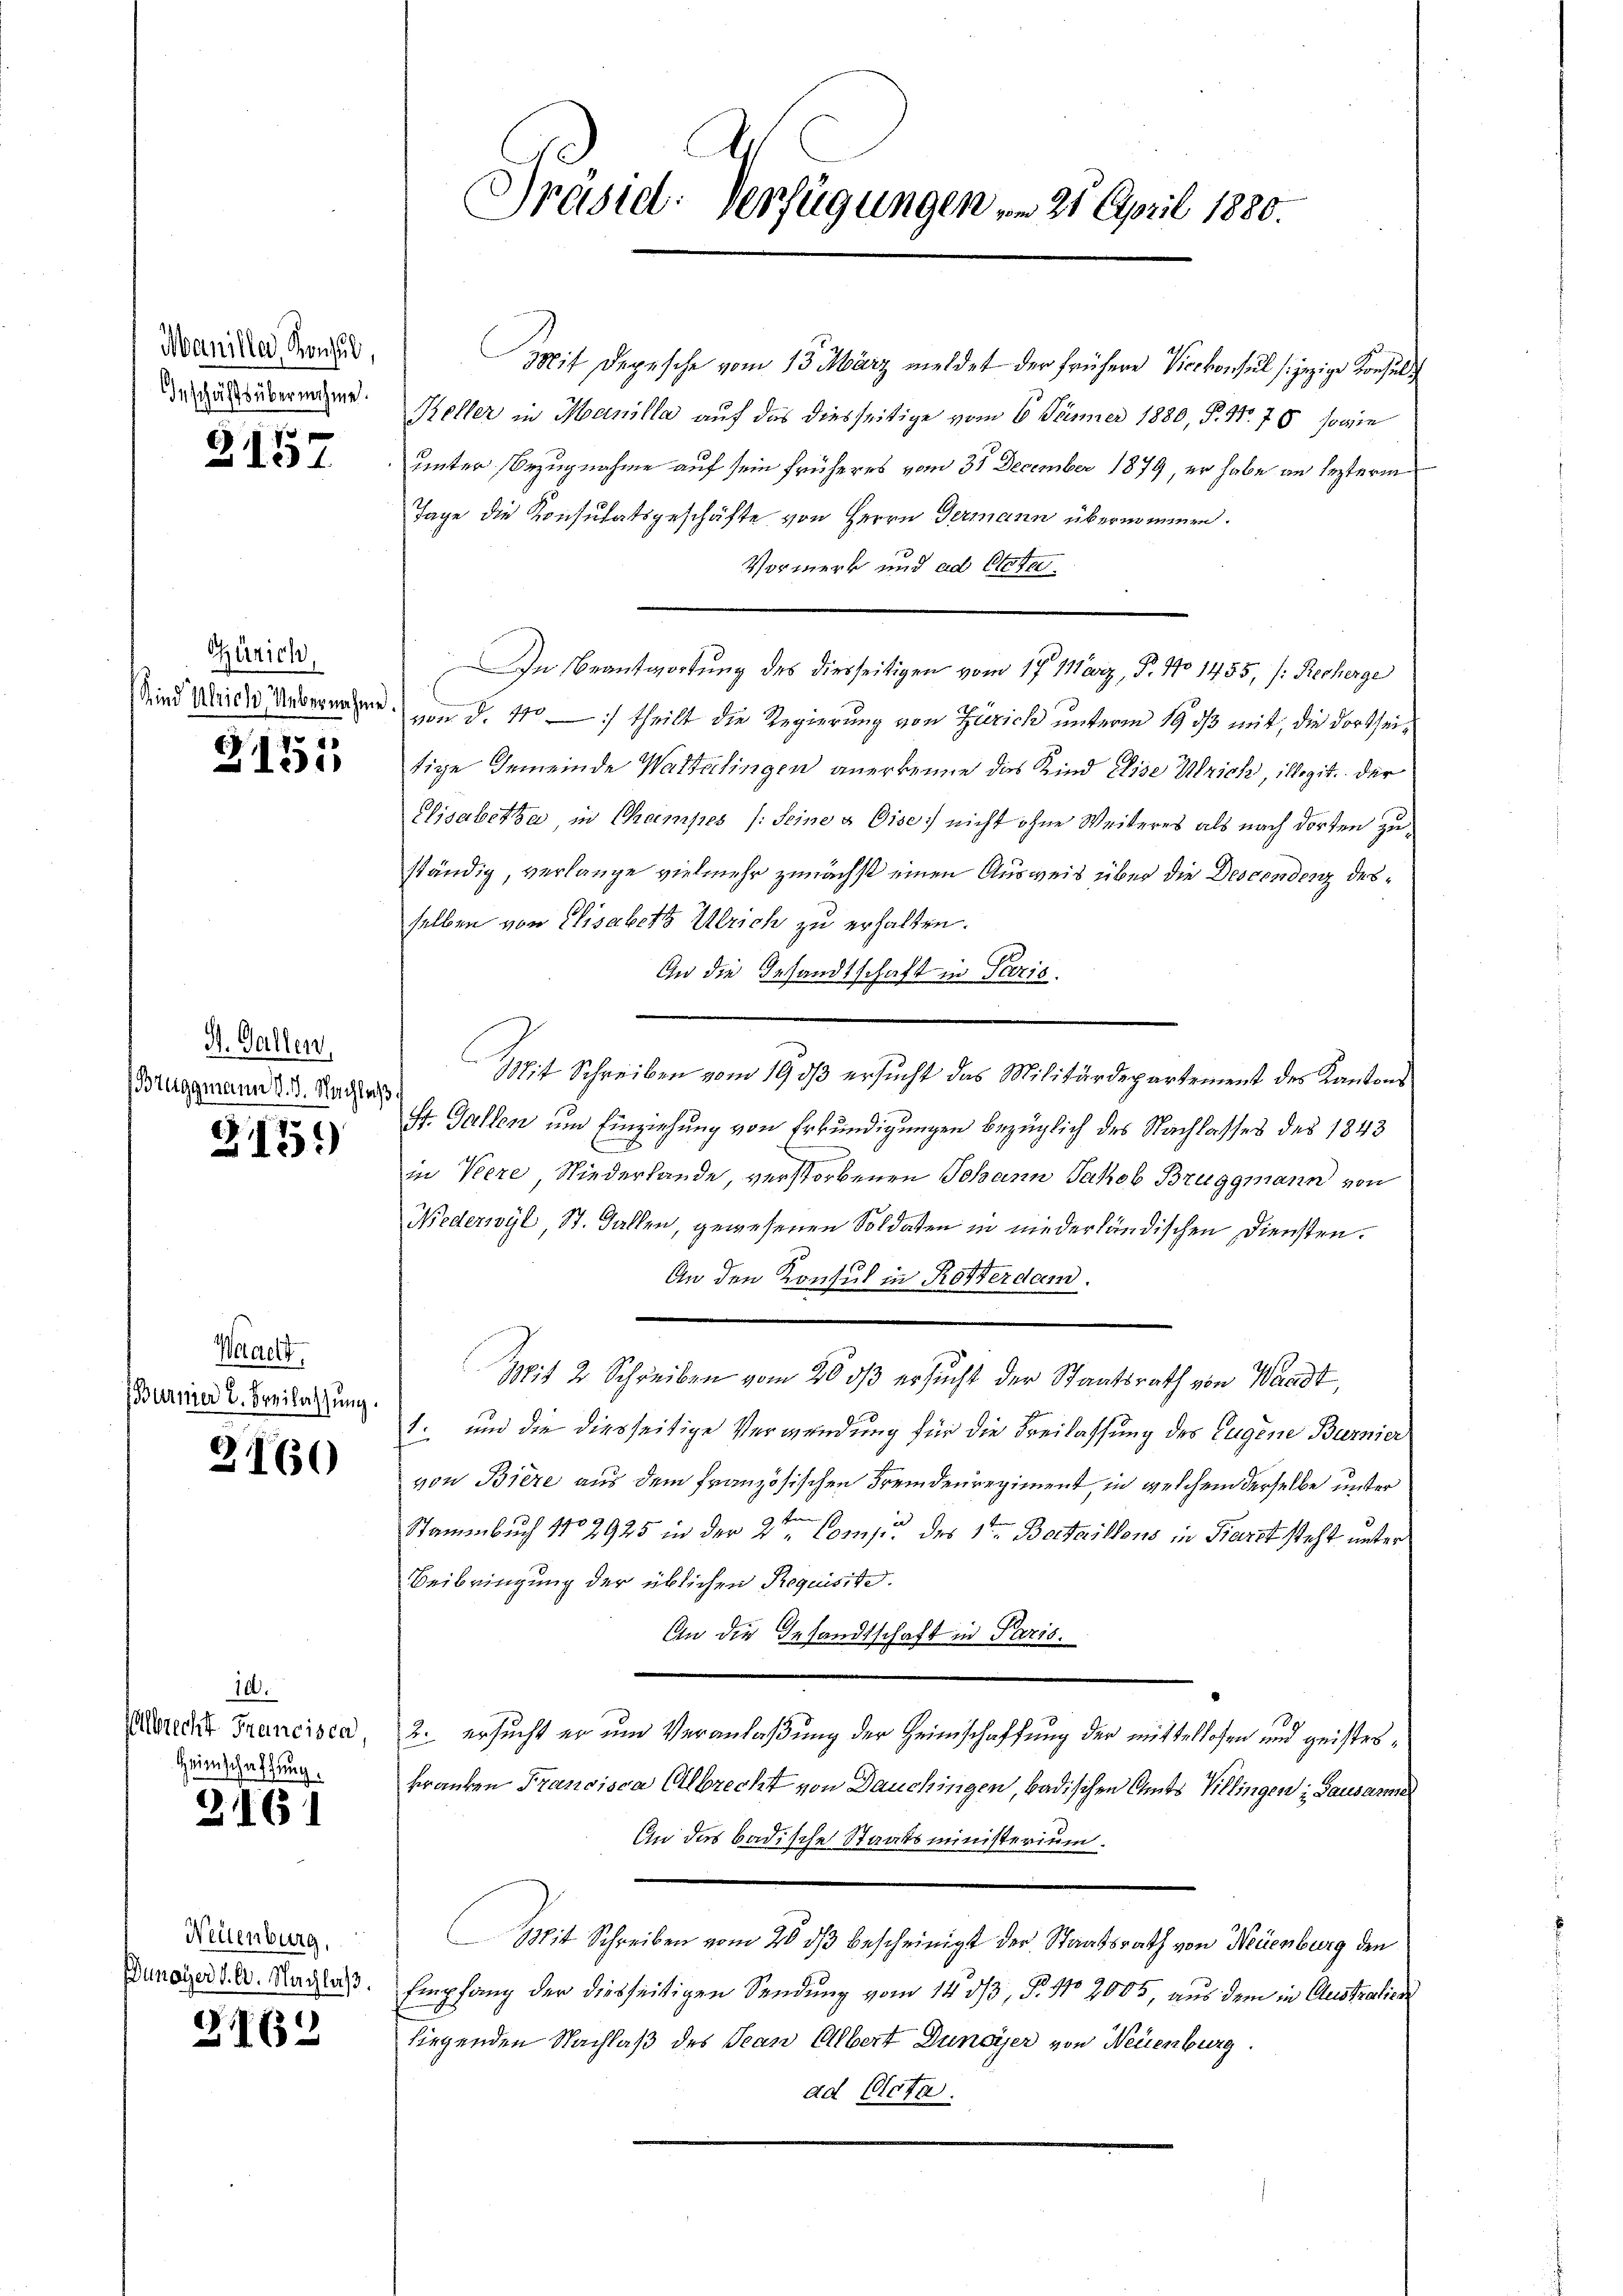
Manille, Konsul,
Geschäftsübernehme.

e
3131.

Zürich,

2151

H. Gallen
Bruggmann d. d. Nachle

315)

Weracht
Burnier 2. Breilassung.

2160

10.
Albrecht Francisca,
Heimschaftung.

3161

Neilenburg,
Dunoyer d. 6. Nachlaß.

2162

113

Präsid. Verfügungen von 25. April 1880.

Mit Depesche vom 13. März meldet der frühere Vicekonsul (jezige Konsult
Keller in Manilla auf das diesseitige vom 6. Jänner 1880, P. Nr. 70, sowie
unter Bezugnahme auf sein früheres vom 31 December 1879, er habe an lezterm
Tage die Konsulatsgeschäfte von Herrn Germann übernommen.
Vormerk und ad Otten
In Beantwortung des diesseitigen vom 17. März, P. No 1455, /: Recherge
Sind Weide Uebernahme von d. 110 — :/ theilt die Regierung von Zürich unterm 19. ds mit, die dortseitige Gemeinde Waltalingen anerkenne das Kind Elise Ulrich, illegit. Der
Elisabetha, in Champes /:seine u Gise) nicht ohne Weiteres als nach dorten zuständig, verlange vielmehr zunächst einen Ausweis über die Descendenz desselben von Elisabetz Ulrich zu erhalten.
An die Gesandtschaft in Paris.
Mit Schreiben vom 19 33 ersucht das Militärdepartement des Kantons
St. Gallen und Einziehung von Erkundigungen bezüglich des Nachlasses des 1843
in Verre, Niederlande, verstorbenen Johann Jakob Bruggmann von
Nederwyl, St. Gallen, gewesenen Soldaten in niederländischen Diensten.
An den Konsul in Rotterdam.
Mit 2 Schreiben vom 20 dß ersucht der Staatsrath von Waadt,
1. und die diesseitige Verwendung für die Freilassung des Eugene Burnier
von Biere aus dem französischen Fremdenregiment, in welchem derselbe unter
Stammbuch No 2925 in der 2ten Comp. des 1ten Bataillons in Bäret steht unter
Beibringung der üblichen Requisite.
An die Gesandtschaft in Paris.
2. ersucht er um Veranlaßung der Heimschaffung der mittellosen und geistes¬
Franken Francisca Albrecht von Dauchingen, badischen Amts Villingen Lausamme
An das badische Staatsministerium.
Mit Schreiben vom 20 dß bescheinigt der Staatsrath von Neuenburg den
Empfang der diesseitigen Sendung vom 14. 53, §. 1102005, aus dem in Austratica
liegenden Nachlaß des Jean Albert Dunoyer von Neuenburg
ad Acta.